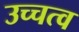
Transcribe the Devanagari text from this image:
उच्चत्व